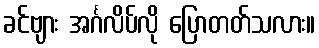
ခင်ဗျား အင်္ဂလိပ်လို ပြောတတ်သလား။